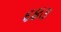
૬૪૩